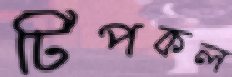
টিপকল